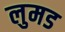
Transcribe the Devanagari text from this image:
लुमड